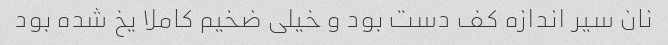
نان سیر اندازه کف دست بود و خیلی ضخیم کاملا یخ شده بود